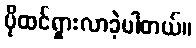
ပိုထင်ရှားလာခဲ့ပါတယ်။